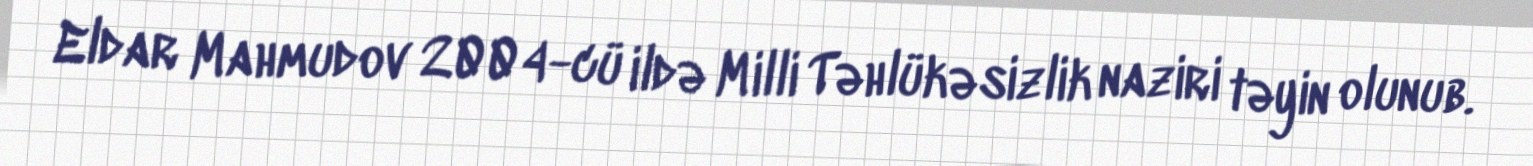
Eldar Mahmudov 2004-cü ildə Milli Təhlükəsizlik naziri təyin olunub.